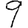
Digit: 9